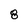
Character: 8